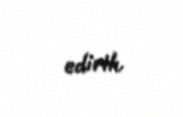
edirik.